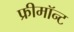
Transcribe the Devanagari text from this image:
फ्रीमॉन्‍ट